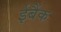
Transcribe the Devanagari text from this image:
ईबैंक